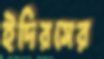
ইদিরসের